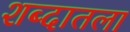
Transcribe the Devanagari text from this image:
शब्दातला